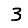
Digit: 3